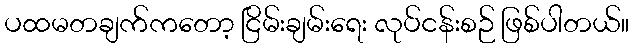
ပထမတချက်ကတော့ ငြိမ်းချမ်းရေး လုပ်ငန်းစဉ် ဖြစ်ပါတယ်။